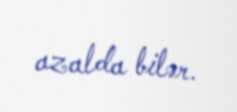
azalda bilər.